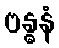
ဗန္ဓနံ